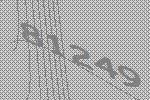
81249